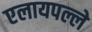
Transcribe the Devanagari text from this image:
एलायपल्ले